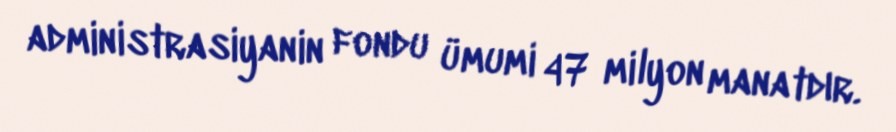
administrasiyanin fondu ümumi 47 milyon manatdır.